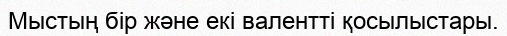
Мыстың бір және екі валентті қосылыстары.